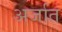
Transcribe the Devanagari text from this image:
अर्जात